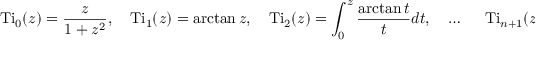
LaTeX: \operatorname { T i } _ { 0 } ( z ) = { \frac { z } { 1 + z ^ { 2 } } } , \quad \operatorname { T i } _ { 1 } ( z ) = \arctan z , \quad \operatorname { T i } _ { 2 } ( z ) = \int _ { 0 } ^ { z } { \frac { \arctan t } { t } } d t , \quad \ldots ~ \quad \operatorname { T i } _ { n + 1 } ( z ) = \int _ { 0 } ^ { z } { \frac { \operatorname { T i } _ { n } ( t ) } { t } } d t ,